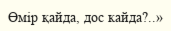
Өмір қайда, дос кайда?..»